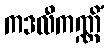
ကဒလီကဏ္ဏိံ